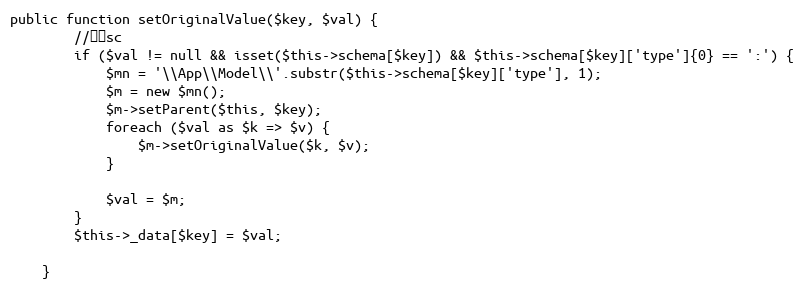
Language: PHP
public function setOriginalValue($key, $val) {
		//检查sc
		if ($val != null && isset($this->schema[$key]) && $this->schema[$key]['type']{0} == ':') {
			$mn = '\\App\\Model\\'.substr($this->schema[$key]['type'], 1);
			$m = new $mn();
			$m->setParent($this, $key);
			foreach ($val as $k => $v) {
				$m->setOriginalValue($k, $v);
			}

			$val = $m;
		}
		$this->_data[$key] = $val;

	}